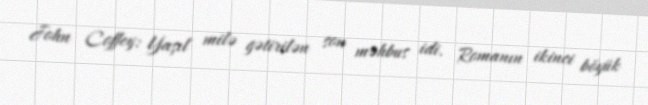
John Coffey: Yaşıl milə gətirilən son məhbus idi. Romanın ikinci böyük